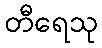
တီရေသု